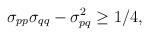
LaTeX: \begin{align*}\sigma _{pp}\sigma _{qq}-\sigma _{pq}^{2}\ge 1/4,\end{align*}